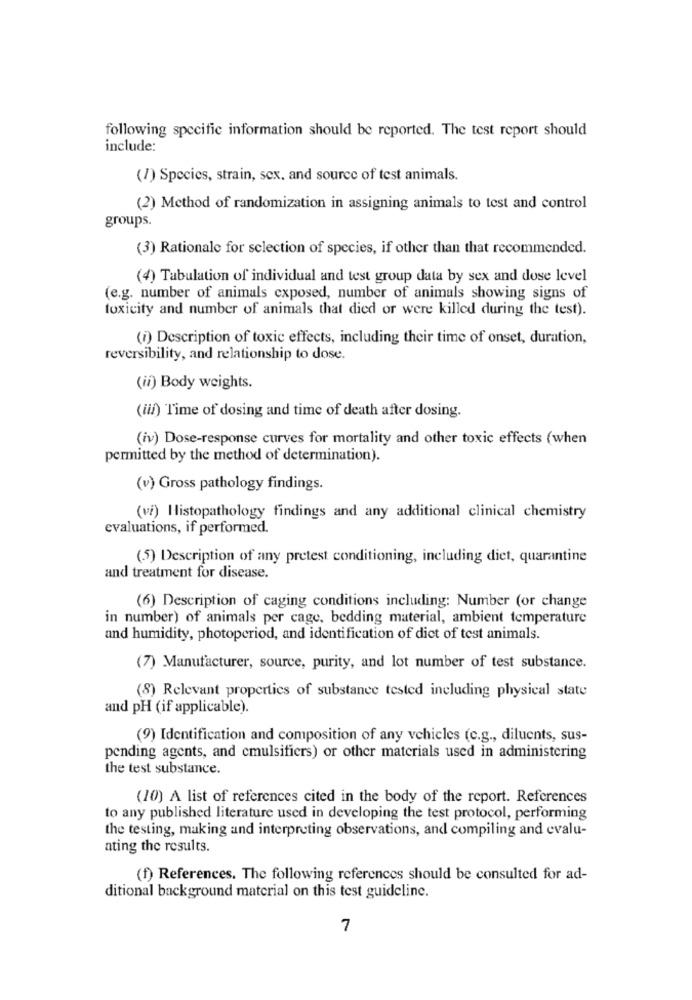
following specific information should be reported. The test report should
include:
(7) Species, strain, sex, and source of test animals.
(2) Method of randomization in assigning animals to test and control
groups.
(3) Rationale for selection of species, if other than that recommended.
(4) Tabulation of individual and test group data by sex and dose level
(e.g. number of animals exposed, number of animals showing signs of
toxicity and number of animals that died or were killed during the test).
(i) Description of toxic effects, including their time of onset, duration,
reversibility, and relationship to dose.
(ii) Body weights.
(iii) Time of dosing and time of death after dosing.
(iv) Dose-response curves for mortality and other toxic effects (when
permitted by the method of determination).
(v) Gross pathology findings.
(vi) Histopathology findings and any additional clinical chemistry
evaluations, if performed.
(5) Description of any pretest conditioning, including diet, quarantine
and treatment for disease.
(6) Description of caging conditions including: Number (or change
in number) of animals per cage, bedding material, ambient temperature
and humidity, photoperiod, and identification of dict of test animals.
(7) Manufacturer, source, purity, and lot number of test substance.
(8) Relevant properties of substance tested including physical state
and pH (if applicable).
(9) Identification and composition of any vehicles (c.g ., diluents, sus-
pending agents, and emulsifiers) or other materials used in administering
the test substance.
(10) A list of references cited in the body of the report. References
to any published literature used in developing the test protocol, performing
the testing, making and interpreting observations, and compiling and evalu-
ating the results.
(f) References. The following references should be consulted for ad-
ditional background material on this test guideline.
7